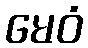
မေဝံ